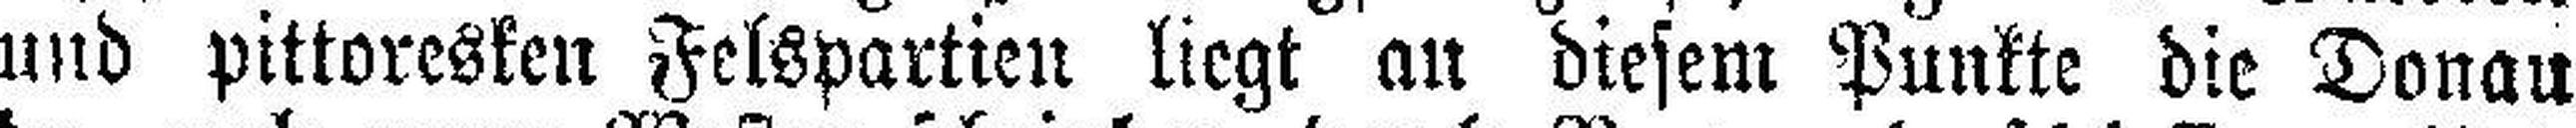
und pittoresken Felspartien liegt au diesem Punkte die Donau